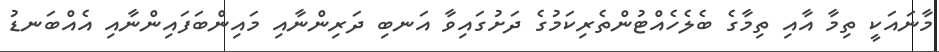
މާނައަކީ ތިމާ އާއި ތިމާގެ ބެލެހެއްޓުންތެރިކަމުގެ ދަށުގައިވާ އަނބި ދަރިންނާއި މައިންބަފައިންނާއި އެއްބަނޑު